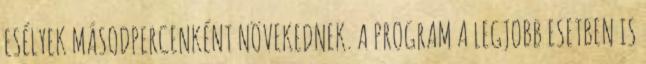
ESÉLYEK MÁSODPERCENKÉNT NÖVEKEDNEK. A PROGRAM A LEGJOBB ESETBEN IS